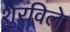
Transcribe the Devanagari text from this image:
शुरविले